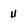
Character: U